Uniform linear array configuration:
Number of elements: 24
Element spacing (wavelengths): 0.75
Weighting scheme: hamming
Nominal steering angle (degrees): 60
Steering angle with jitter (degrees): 59.648
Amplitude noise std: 0.05
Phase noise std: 0.05

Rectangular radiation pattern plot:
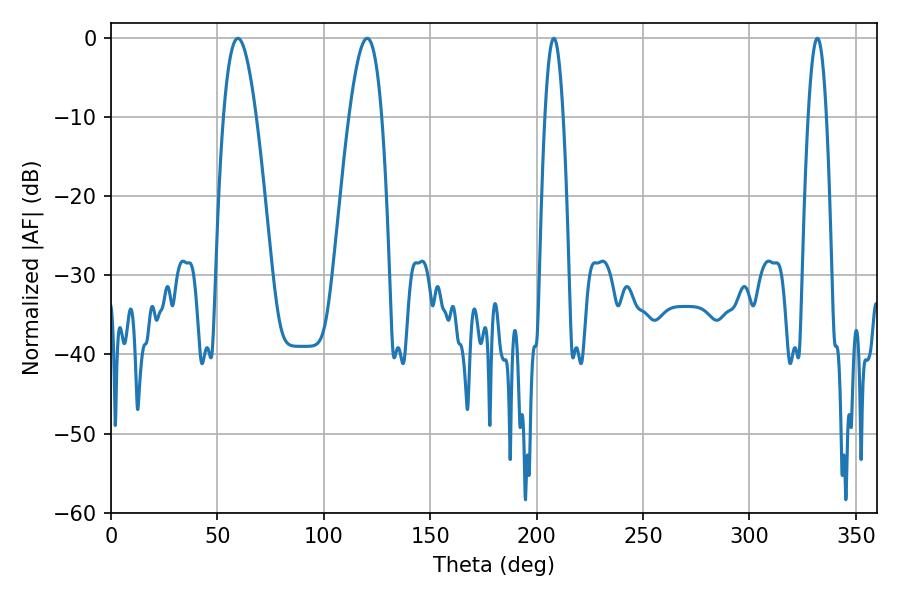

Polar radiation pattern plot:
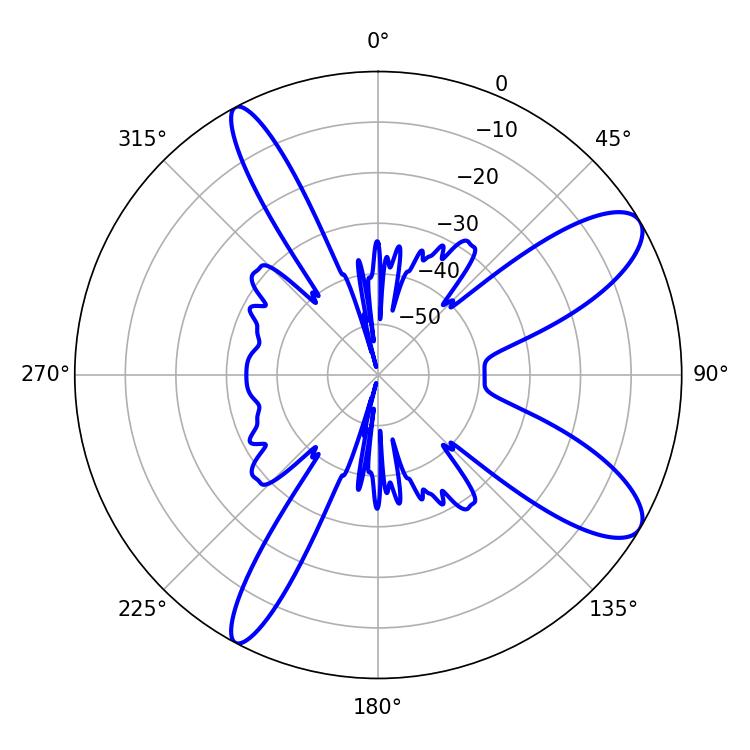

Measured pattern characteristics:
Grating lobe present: TRUE
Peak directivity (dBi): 10.216
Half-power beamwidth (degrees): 4.68
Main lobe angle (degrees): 208.08